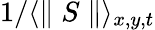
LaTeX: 1/\langle\parallel S\parallel\rangle_{x,y,t}